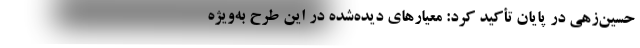
حسین‌زهی در پایان تأکید کرد: معیار‌های دیده‌شده در این طرح به‌ویژه